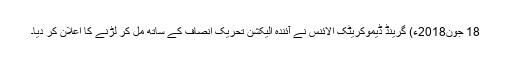
18 جون2018ء) گرینڈ ڈیموکریٹک الائنس نے آئندہ الیکشن تحریک انصاف کے ساتھ مل کر لڑنے کا اعلان کر دیا۔